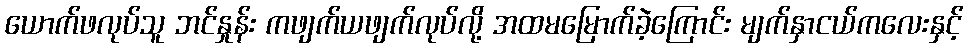
ယောက်ဖလုပ်သူ ဘင်နှုန်း ကဖျက်ယဖျက်လုပ်လို့ အထမမြောက်ခဲ့ကြောင်း မျက်နှာငယ်ကလေးနှင့်